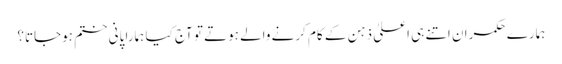
ہمارے حکمران اتنے ہی اعلیٰ ذہن کے کام کرنے والے ہوتے تو آج کیا ہمارا پانی ختم ہوجاتا؟